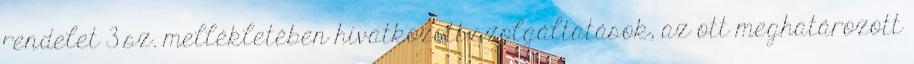
rendelet 3 sz. mellékletében hivatkozott szolgáltatások, az ott meghatározott